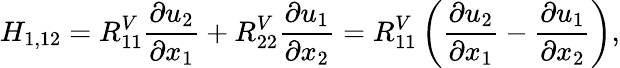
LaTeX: H_{1,12}=R_{11}^{V}\frac{\partial u_{2}}{\partial x_{1}}+R_{22}^{V}\frac{\partial u_{1}}{\partial x_{2}}=R_{11}^{V}\left(\frac{\partial u_{2}}{\partial x_{1}}-\frac{\partial u_{1}}{\partial x_{2}}\right),